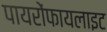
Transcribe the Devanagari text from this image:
पायरोंफायलाइट